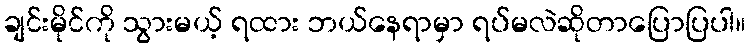
ချင်းမိုင်ကို သွားမယ့် ရထား ဘယ်နေရာမှာ ရပ်မလဲဆိုတာပြောပြပါ။